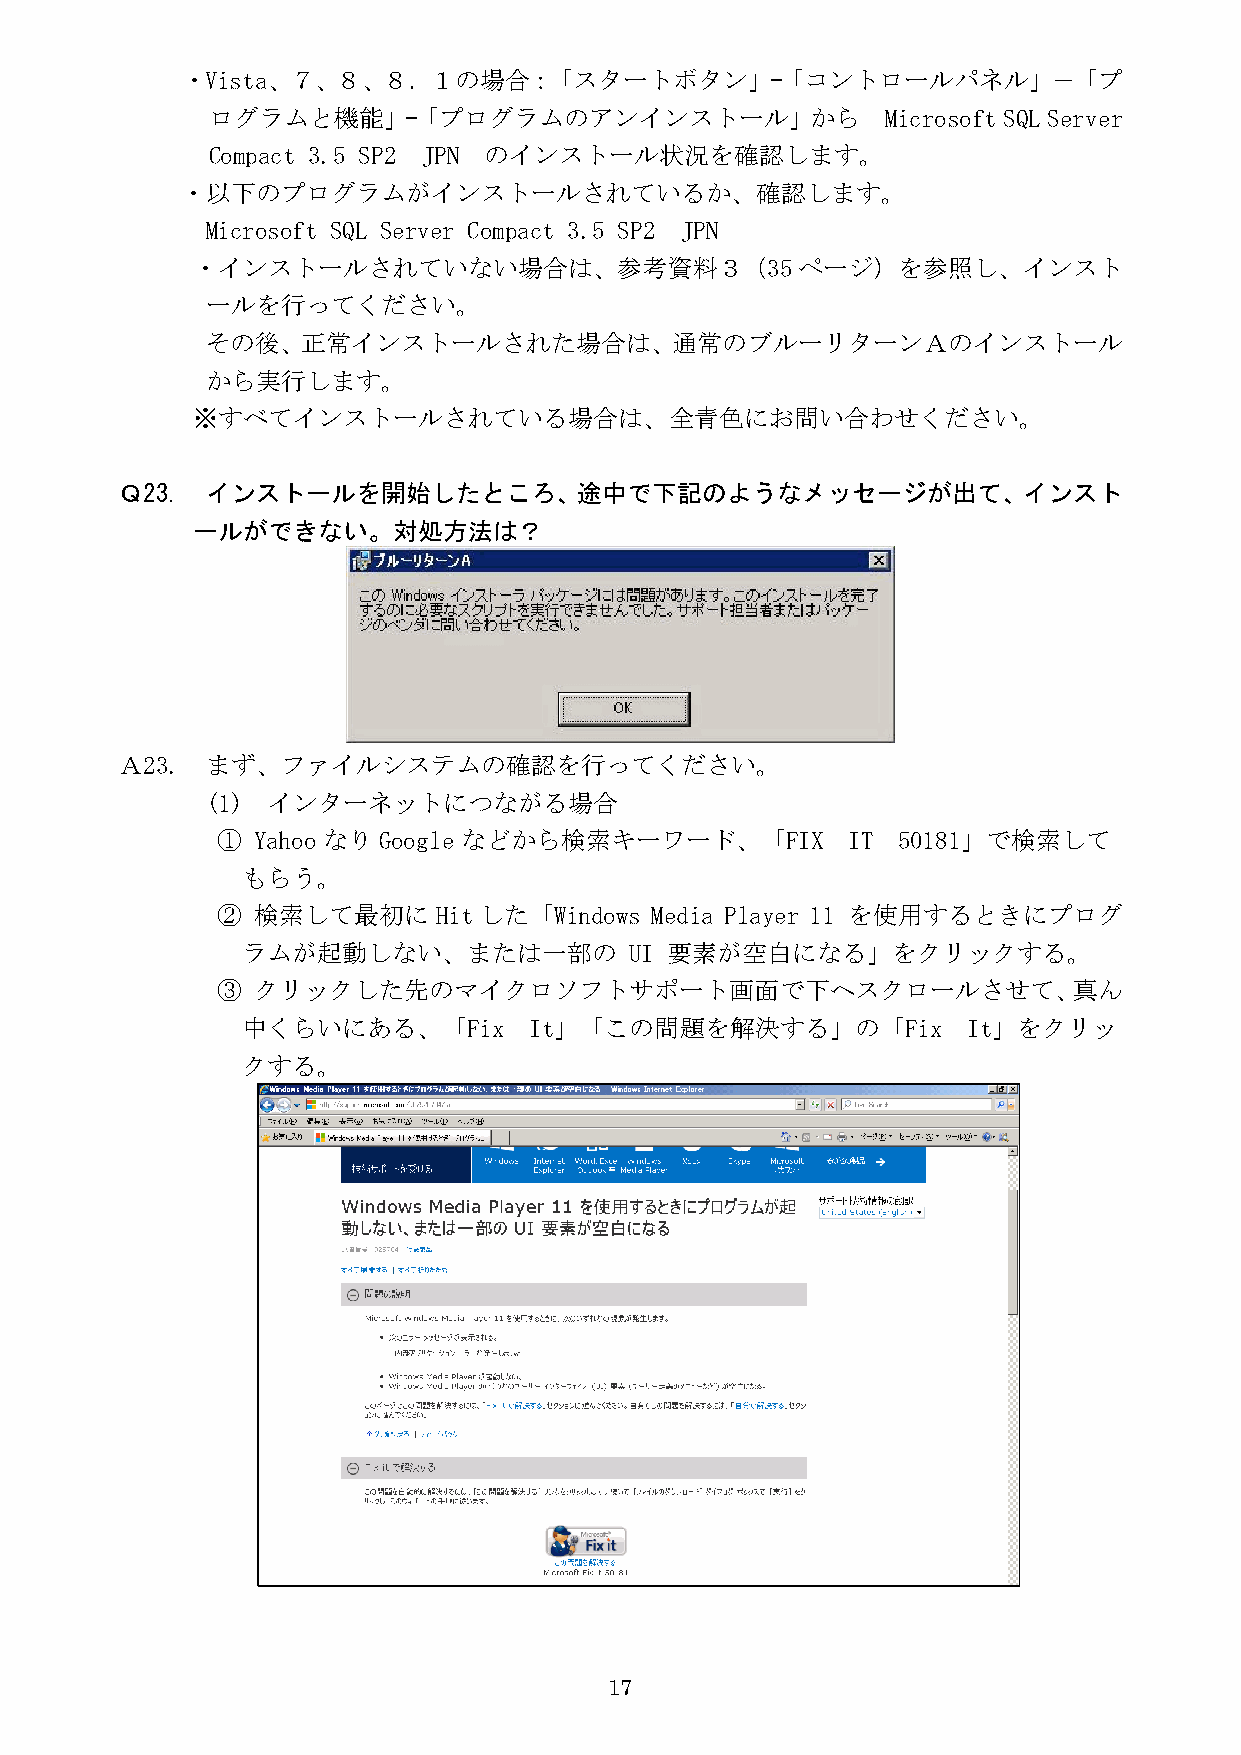
・Vista、７、８、８．１の場合：「スタートボタン」-「コントロールパネル」－「プ
 ログラムと機能」-「プログラムのアンインストール」から                  Microsoft SQL Server
 Compact 3.5 SP2 JPN のインストール状況を確認します。
 ・以下のプログラムがインストールされているか、確認します。
 Microsoft SQL Server Compact 3.5 SP2 JPN
 ・インストールされていない場合は、参考資料３（35ページ）を参照し、インスト
 ールを行ってください。
 その後、正常インストールされた場合は、通常のブルーリターンＡのインストール
 から実行します。
 ※すべてインストールされている場合は、全青色にお問い合わせください。
 Ｑ23.  インストールを開始したところ、途中で下記のようなメッセージが出て、インスト
 ールができない。対処方法は？
 Ａ23.  まず、ファイルシステムの確認を行ってください。
 (1) インターネットにつながる場合
 ①  YahooなりGoogle などから検索キーワード、「FIX         IT 50181」で検索して
 もらう。
 ②  検索して最初に     Hitした「Windows Media Player 11 を使用するときにプログ
 ラムが起動しない、または一部の           UI 要素が空白になる」をクリックする。
 ③  クリックした先のマイクロソフトサポート画面で下へスクロールさせて、真ん
 中くらいにある、「Fix       It」「この問題を解決する」の「Fix          It」をクリッ
 クする。
 17